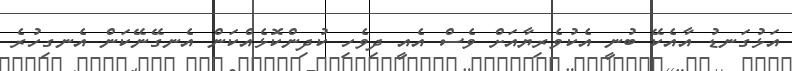
އަޅުގަނޑު އާއެކޭ ބުނީ އެކުވެރިޔާއަށް ވެސް އެއީ ދިވެހި ކުދިންކޮޅެއްކަން އެނގޭނޭކަން އެނގިހުރެ